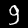
Digit: 9